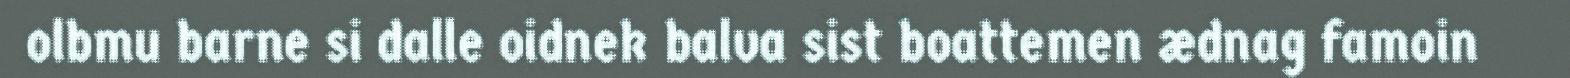
olbmu barne si dalle oidnek balva sist boattemen ædnag famoin